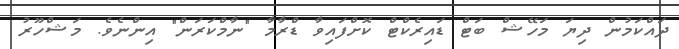
ދައްކަމުން ދިޔަ މަހޭޝް ބަޓް ޑައިރެކްޓް ކޮށްފައިވާ ޑްރާމާ "ނާމްކަރަން" އިންނެވެ. މަޝްހޫރު